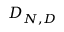
D _ { N , D }